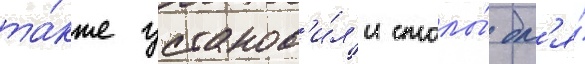
та́кже установ'и́л'и столы́ дл'я́